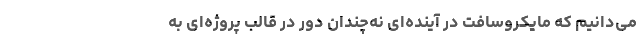
می‌دانیم که مایکروسافت در آینده‌ای نه‌چندان دور در قالب پروژه‌ای به